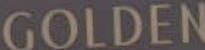
GOLDEN